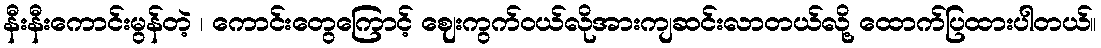
နီးနီးကောင်းမွန်တဲ့ ၊ ကောင်းတွေကြောင့် ဈေးကွက်ဝယ်လိုအားကျဆင်းလာတယ်လို့ ထောက်ပြထားပါတယ်။